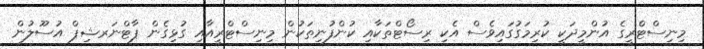
މިނިސްޓްެރީގެ އުންމީދަކީ ކުރިމަގުގައިވެސް އެކި ރިސޯޓްތަކާއި ކުންފުނިތަކުން މިނިސްޓްރީއާއި ގުޅިގެން ޕާޓްނަރޝިޕް އުސޫލުން